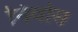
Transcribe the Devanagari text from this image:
निर्वास